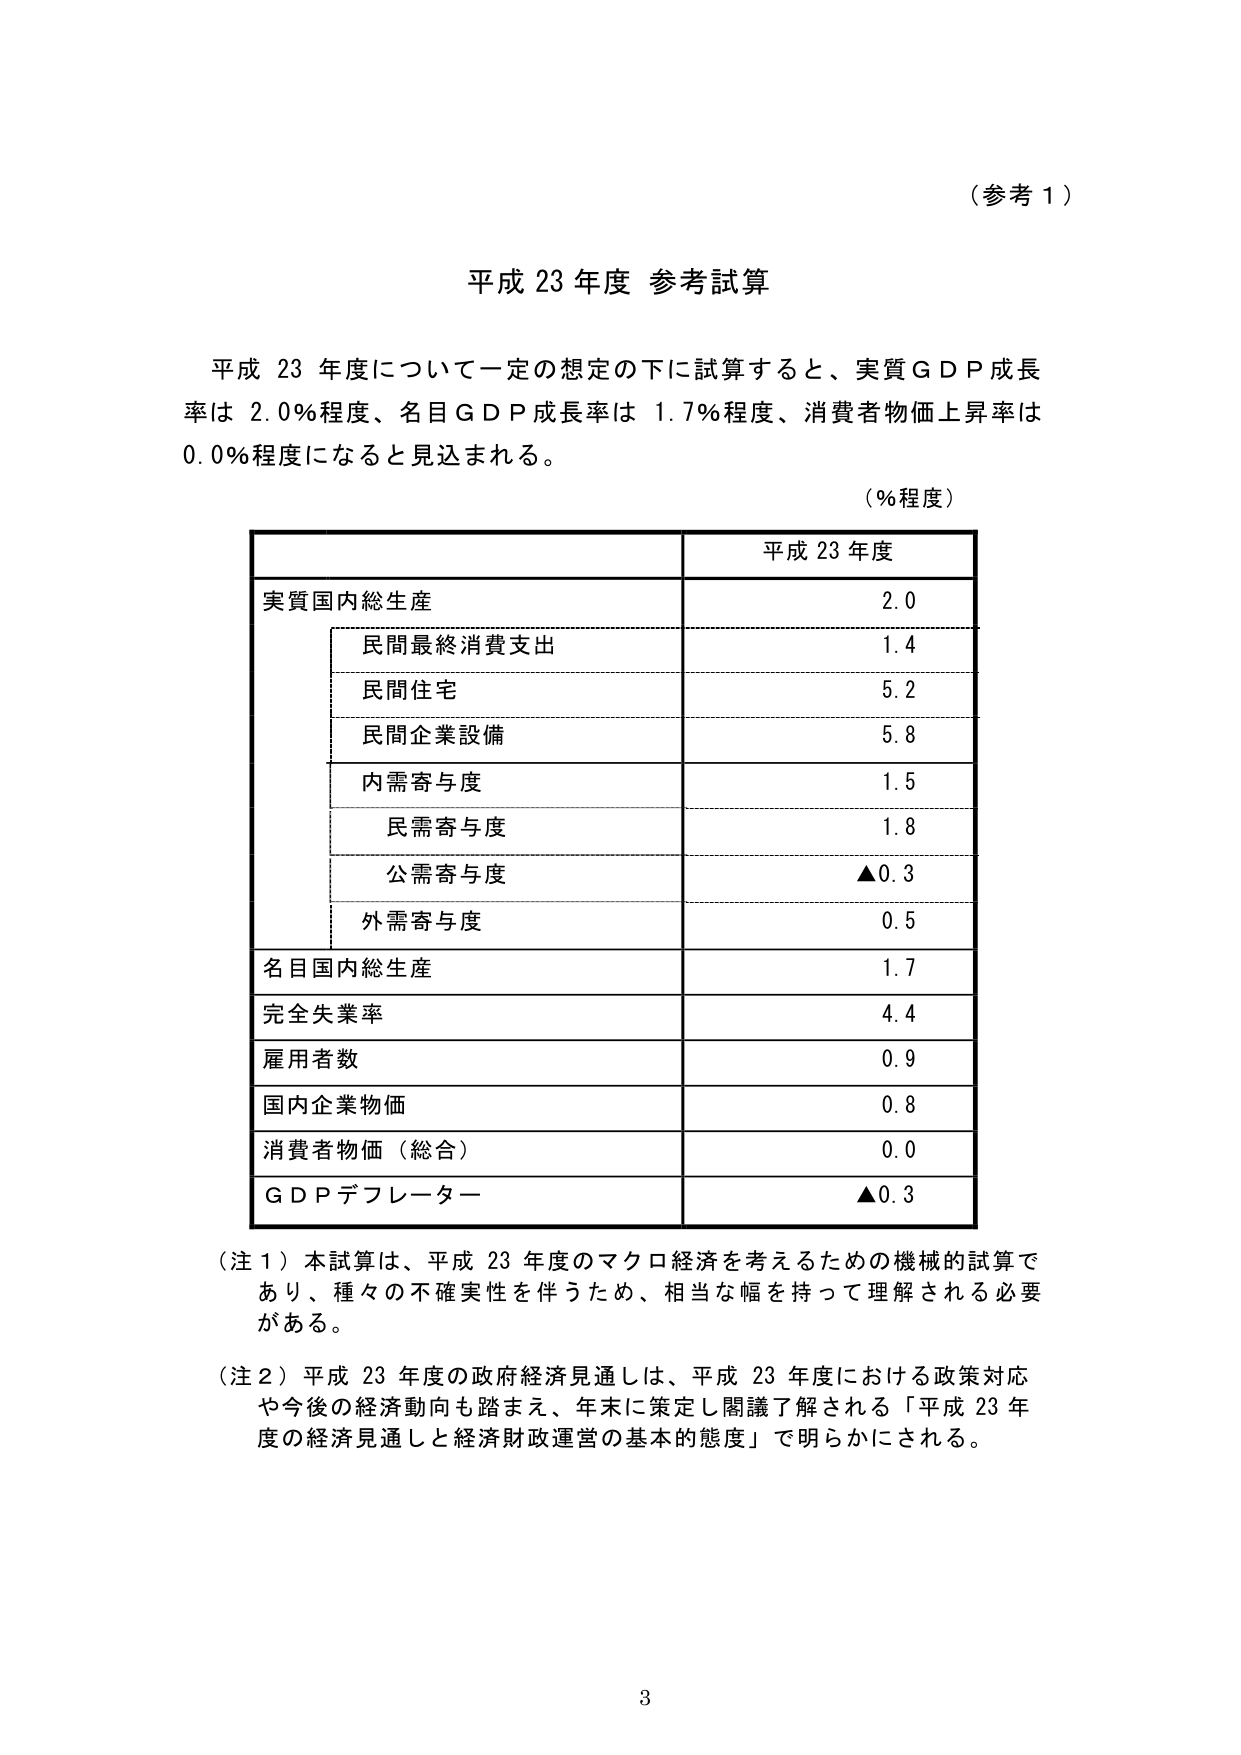
（参考１）

平成23年度 参考試算

平成23年度について一定の想定の下に試算すると、実質ＧＤＰ成長率は2.0％程度、名目ＧＤＰ成長率は1.7％程度、消費者物価上昇率は0.0％程度になると見込まれる。

（％程度）

平成23年度
実質国内総生産 2.0
　民間最終消費支出 1.4
　民間住宅 5.2
　民間企業設備 5.8
　内需寄与度 1.5
　民需寄与度 1.8
　公需寄与度 ▲0.3
　外需寄与度 0.5
名目国内総生産 1.7
完全失業率 4.4
雇用者数 0.9
国内企業物価 0.8
消費者物価（総合） 0.0
ＧＤＰデフレーター ▲0.3

（注１）本試算は、平成23年度のマクロ経済を考えるための機械的試算であり、種々の不確実性を伴うため、相当な幅を持って理解される必要がある。

（注２）平成23年度の政府経済見通しは、平成23年度における政策対応や今後の経済動向も踏まえ、年末に策定し閣議了解される「平成23年度の経済見通しと経済財政運営の基本的態度」で明らかにされる。

3